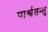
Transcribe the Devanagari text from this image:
पार्श्वतन्तु